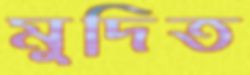
মুদিত